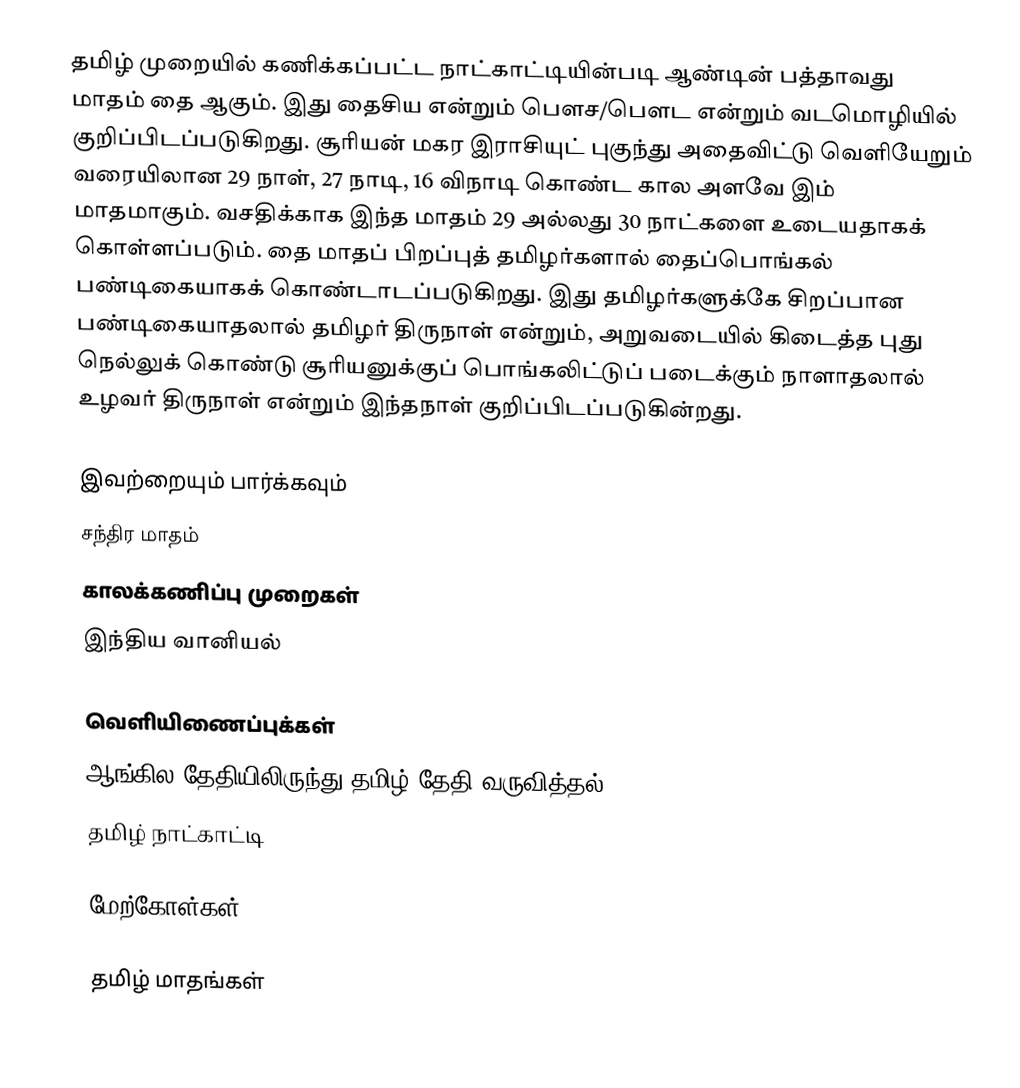
தமிழ் முறையில் கணிக்கப்பட்ட நாட்காட்டியின்படி ஆண்டின் பத்தாவது மாதம் தை ஆகும். இது தைசிய என்றும் பௌச/பௌட என்றும் வடமொழியில் குறிப்பிடப்படுகிறது. சூரியன் மகர இராசியுட் புகுந்து அதைவிட்டு வெளியேறும் வரையிலான 29 நாள், 27 நாடி, 16 விநாடி கொண்ட கால அளவே இம் மாதமாகும். வசதிக்காக இந்த மாதம் 29 அல்லது 30 நாட்களை உடையதாகக் கொள்ளப்படும். தை மாதப் பிறப்புத் தமிழர்களால் தைப்பொங்கல் பண்டிகையாகக் கொண்டாடப்படுகிறது. இது தமிழர்களுக்கே சிறப்பான பண்டிகையாதலால் தமிழர் திருநாள் என்றும், அறுவடையில் கிடைத்த புது நெல்லுக் கொண்டு சூரியனுக்குப் பொங்கலிட்டுப் படைக்கும் நாளாதலால் உழவர் திருநாள் என்றும் இந்தநாள் குறிப்பிடப்படுகின்றது.

இவற்றையும் பார்க்கவும்
 சந்திர மாதம்
 காலக்கணிப்பு முறைகள்
 இந்திய வானியல்

வெளியிணைப்புக்கள்
ஆங்கில தேதியிலிருந்து தமிழ் தேதி வருவித்தல்
தமிழ் நாட்காட்டி

மேற்கோள்கள்

தமிழ் மாதங்கள்